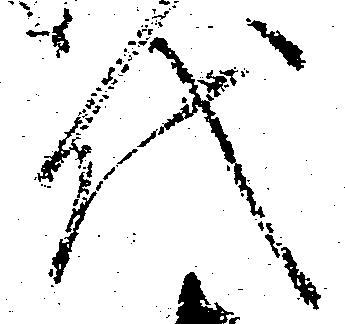
代